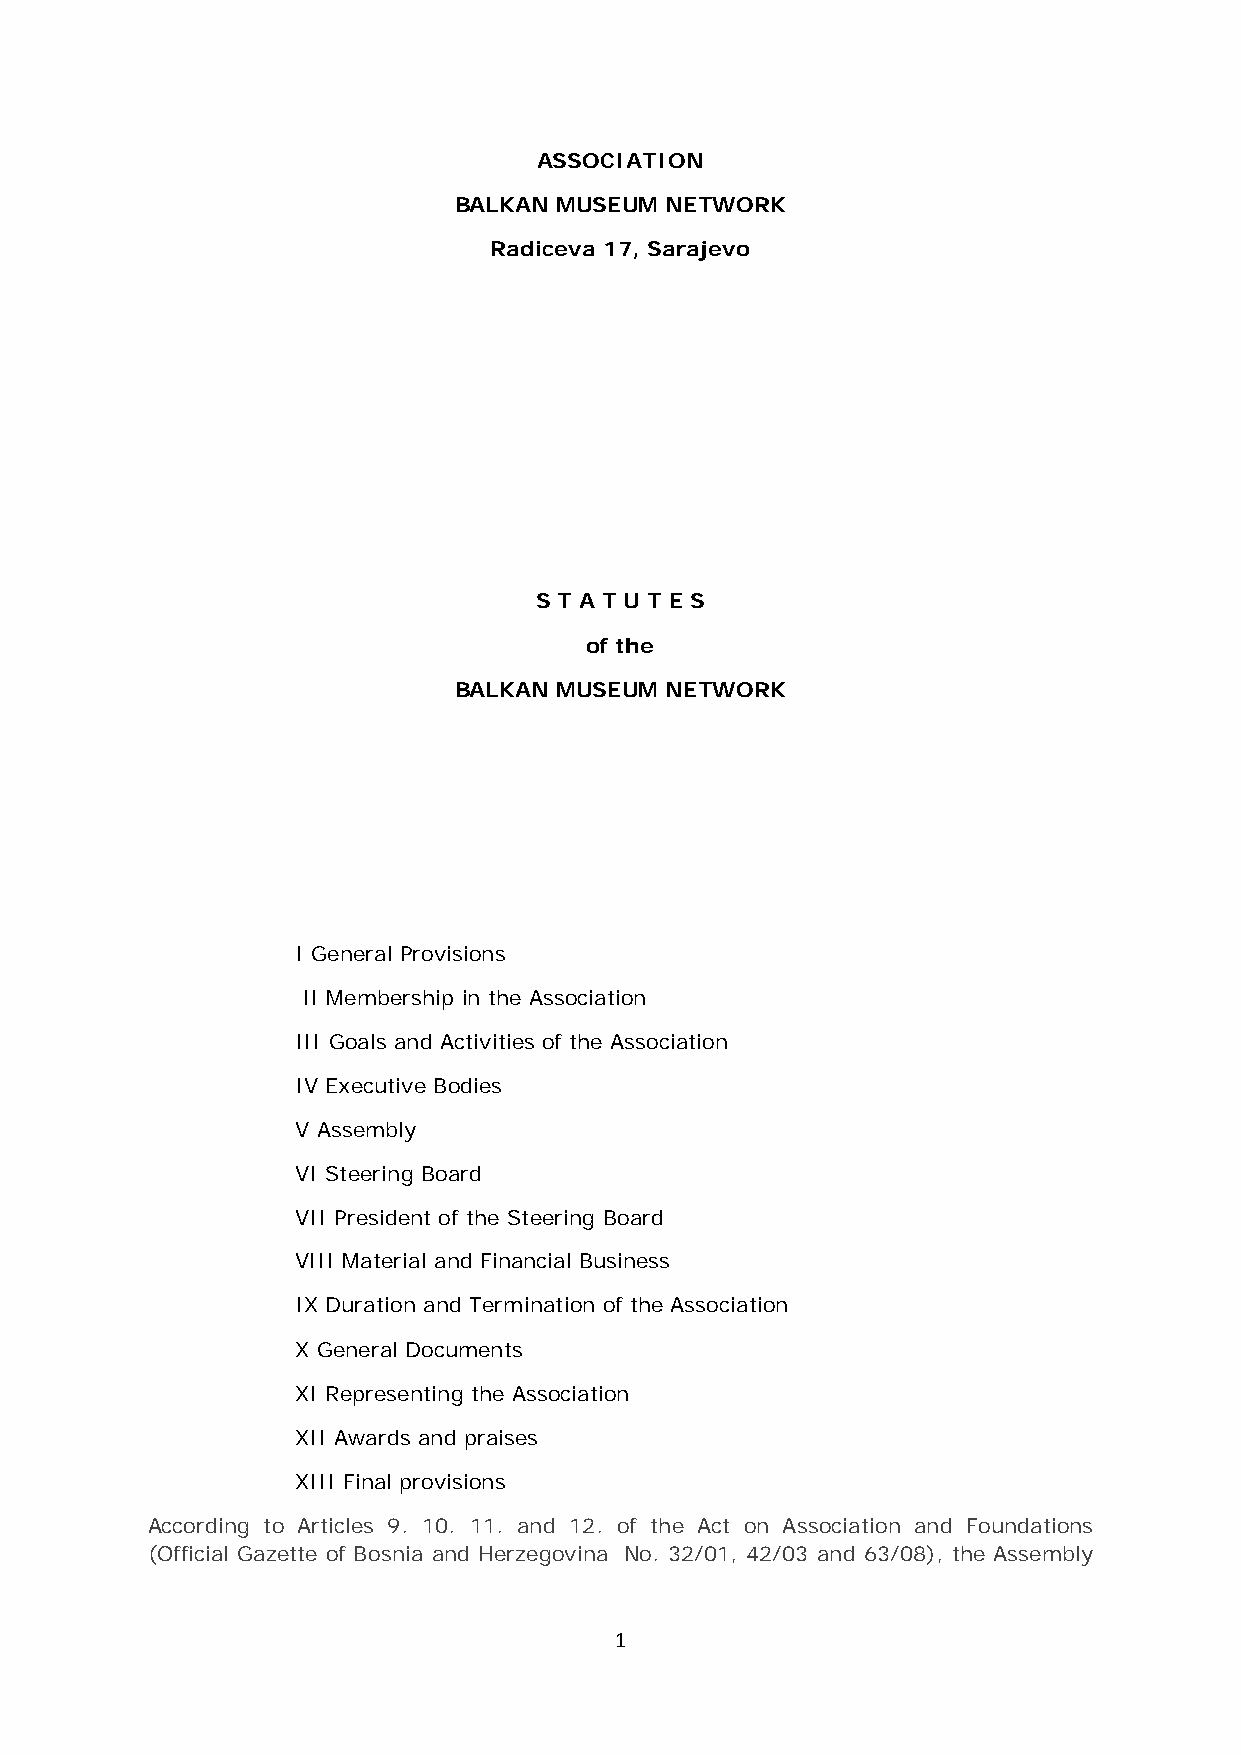
ASSOCIATION
 BALKAN MUSEUM NETWORK
 Radiceva 17, Sarajevo
 S T A T U T E S
 of the
 BALKAN MUSEUM NETWORK
 I General Provisions
 II Membership in the Association
 III Goals and Activities of the Association
 IV Executive Bodies
 V Assembly
 VI Steering Board
 VII President of the Steering Board
 VIII Material and Financial Business
 IX Duration and Termination of the Association
 X General Documents
 XI Representing the Association
 XII Awards and praises
 XIII Final provisions
 According to Articles 9. 10. 11. and 12. of the Act on Association and Foundations
 (Official Gazette of Bosnia and Herzegovina No. 32/01, 42/03 and 63/08), the Assembly
 1